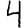
Digit: 4